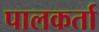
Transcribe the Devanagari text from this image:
पालकर्ता